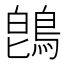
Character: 鵖